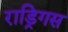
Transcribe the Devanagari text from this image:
राड्रिगस